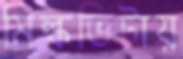
মিল্কভিটায়